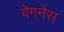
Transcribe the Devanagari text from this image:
वेगनेस